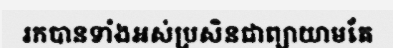
រកបានទាំងអស់ប្រសិនជាព្យាយាមតែ